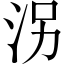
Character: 𱦀